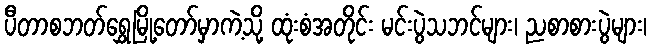
ပီတာစဘတ်ရွှေမြို့တော်မှာကဲ့သို့ ထုံးစံအတိုင်း မင်းပွဲသဘင်များ၊ ညစာစားပွဲများ၊